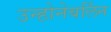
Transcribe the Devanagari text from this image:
उन्होनेबर्लिन